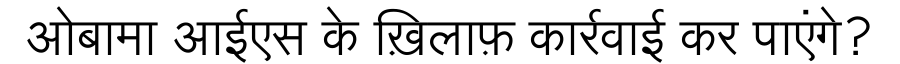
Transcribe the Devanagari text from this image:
ओबामा आईएस के ख़िलाफ़ कार्रवाई कर पाएंगे?